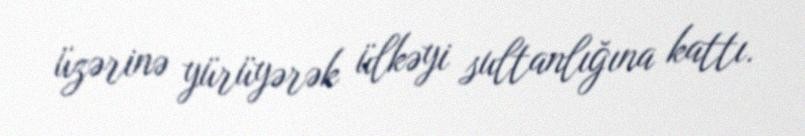
üzərinə yürüyərək ülkəyi sultanlığına kattı.